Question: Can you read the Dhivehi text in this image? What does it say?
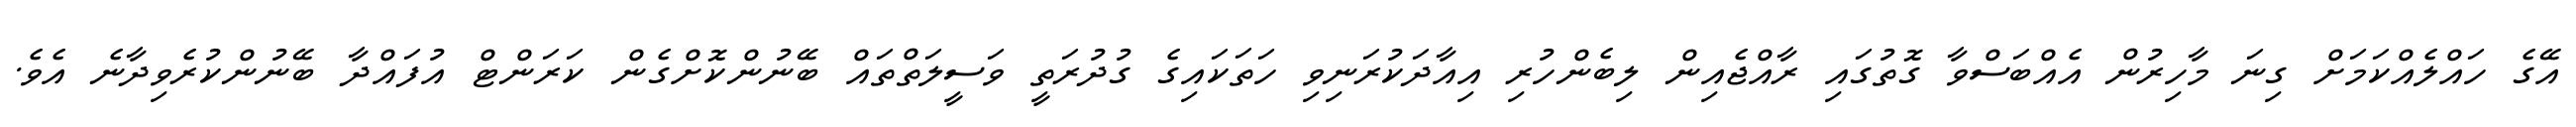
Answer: އޭގެ ހައްލެއްކަމަށް ގިނަ މާހިރުން އެއްބަސްވާ ގޮތުގައި ރާއްޖެއިން ލިބެންހުރި އިއާދަކުރަނިވި ހަތަކައިގެ ގުދުރަތީ ވަސީލަތްތައް ބޭނުންކޮށްގެން ކަރަންޓް އުފައްދާ ބޭނުންކުރެވިދާނެ އެވެ.